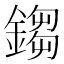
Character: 𨪕